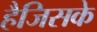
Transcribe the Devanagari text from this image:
हैजिसके